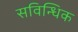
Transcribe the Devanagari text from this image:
सविन्धिक